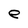
Character: e